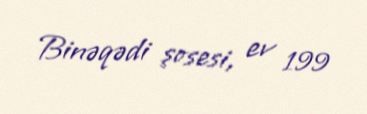
Binəqədi şosesi, ev 199